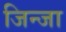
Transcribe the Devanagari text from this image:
जिन्जा